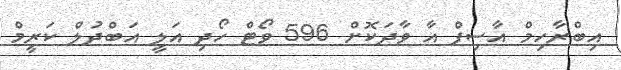
އިބްރާހިމް އާސިފް އާ ވާދަކޮށް 596 ވޯޓް ހޯދި އަލީ އަބްދުލް ކަރީމް